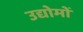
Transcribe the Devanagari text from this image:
उद्योमों